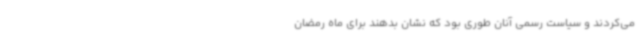
می‌کردند و سیاست رسمی آنان طوری بود که نشان بدهند برای ماه رمضان